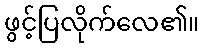
ဖွင့်ပြလိုက်လေ၏။